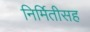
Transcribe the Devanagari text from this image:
निर्मितीसह